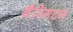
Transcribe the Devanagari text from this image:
बैरिगटन